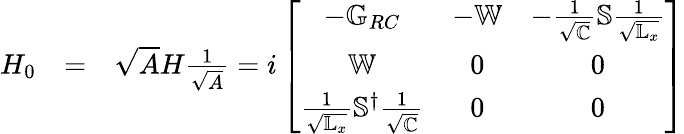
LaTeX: \begin{array}{rlr}{H_{0}}&{=}&{\sqrt{A}H\frac{1}{\sqrt{A}}=i\left[\begin{array}{ccc}{-\mathbb{G}_{RC}}&{-\mathbb{W}}&{-\frac{1}{\sqrt{\mathbb{C}}}\mathbb{S}\frac{1}{\sqrt{\mathbb{L}_{x}}}}\\ {\mathbb{W}}&{0}&{0}\\ {\frac{1}{\sqrt{\mathbb{L}_{x}}}\mathbb{S}^{\dagger}\frac{1}{\sqrt{\mathbb{C}}}}&{0}&{0}\end{array}\right]}\end{array}